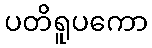
ပတိရူပကော